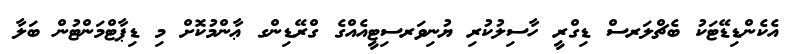
އެކެންޑިޑޭޓަކު ބެޗްލަރސް ޑިގްރީ ހާސިލުކުރި ޔުނިވަރސިޓީއެއްގެ ގްރޭޑިންގ ޢާންމުކޮށް މި ޑިޕާޓްމަންޓުން ބަލާ